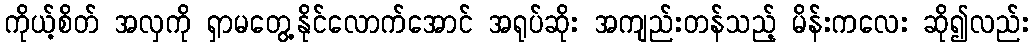
ကိုယ့်စိတ် အလှကို ရှာမတွေ့နိုင်လောက်အောင် အရုပ်ဆိုး အကျည်းတန်သည့် မိန်းကလေး ဆို၍လည်း